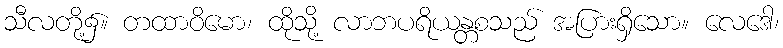
သီလတို့၌။ တထာဝိမော၊ ထိုသို့ လာဘပရိယန္တစသည် အပြားရှိသော။ လေဒေါ၊